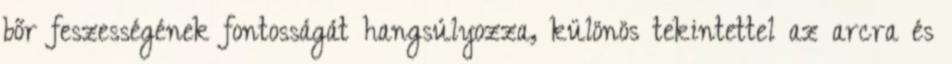
bőr feszességének fontosságát hangsúlyozza, különös tekintettel az arcra és